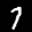
Label: 7